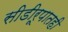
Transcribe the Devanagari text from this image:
सीडीरूपातही